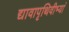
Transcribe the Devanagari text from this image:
द्यावापृथिवीभ्यां